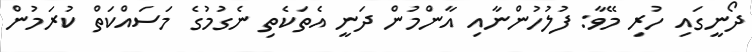
ދޯނީގައި ހުރި މޭވާ: ފުލުހުންނާއި އާންމުން ދަނީ އެތަކެތި ނެގުމުގެ މަސައްކަތް ކުރަމުން